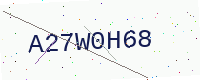
Text: A27W0H68